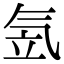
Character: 𣱠